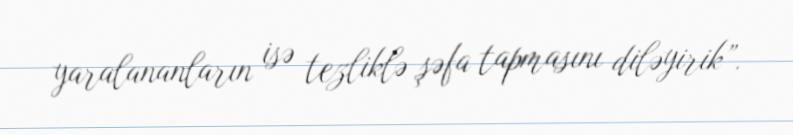
yaralananların isə tezliklə şəfa tapmasını diləyirik”.